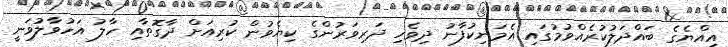
އިއްޔެގެ ބައްދަލުކުރެއްވުމުގައި އެމަނިކުފާނު ދިވެހި ދަރިވަރުންގެ ކިޔެވުން ކުރިއަށް ދާގޮތާއި ހާލު އަހުވާލުވަނީ